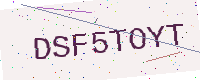
Text: DSF5TOYT